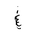
Letter: _gayn